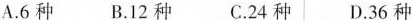
A.6种 B.12种 C.24种 D.36种